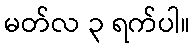
မတ်လ ၃ ရက်ပါ။